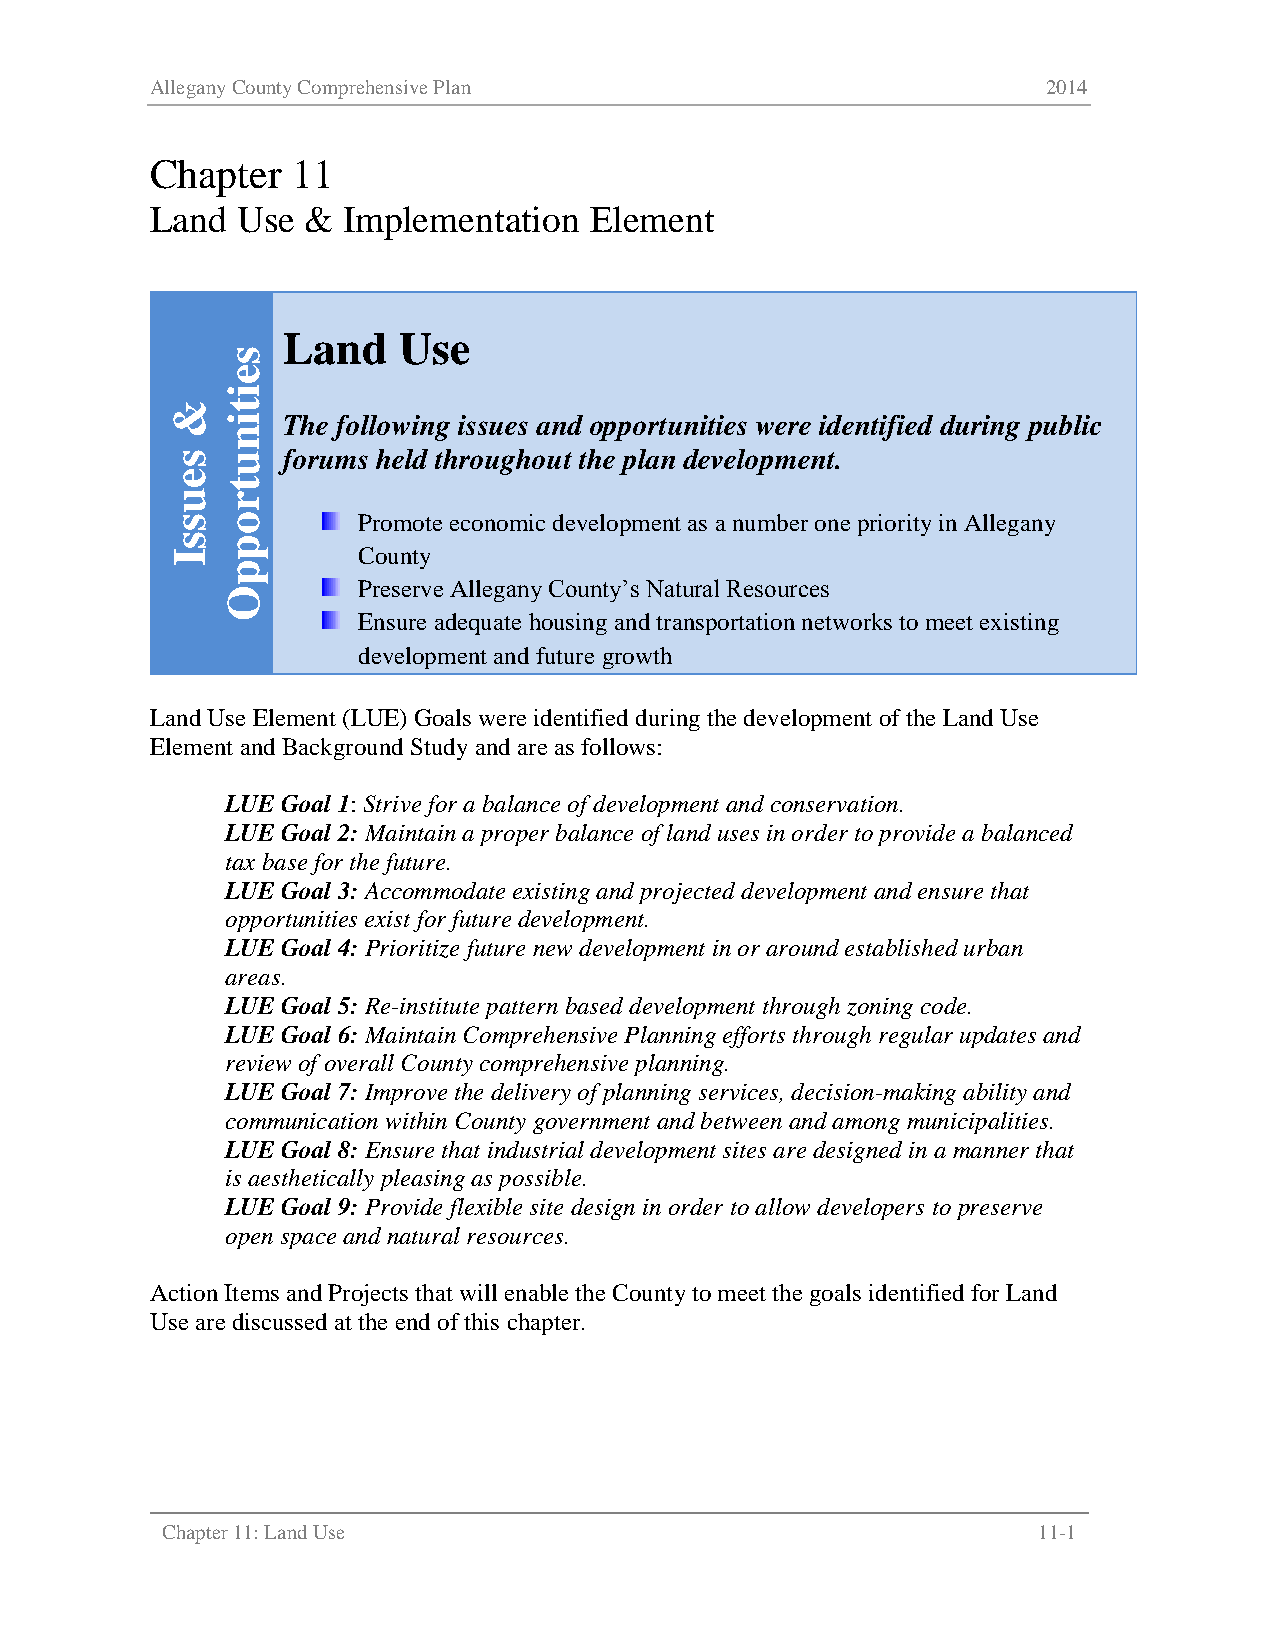
Allegany County Comprehensive Plan                         2014
 Chapter  11
 Land  Use &  Implementation  Element
 Land   Use
 s
 e
 i
 &   t
 i   The following issues and opportunities were identified during public
 n
 s   u   forums held throughout the plan development.
 e
 t
 u   r
 s   o        Promote economic development as a number one priority in Allegany
 s   p
 I            County
 p
 Preserve Allegany County’s Natural Resources
 O
 Ensure adequate housing and transportation networks to meet existing
 development and future growth
 Land Use Element (LUE) Goals were identified during the development of the Land Use
 Element and Background Study and are as follows:
 LUE Goal 1: Strive for a balance of development and conservation.
 LUE Goal 2: Maintain a proper balance of land uses in order to provide a balanced
 tax base for the future.
 LUE Goal 3: Accommodate existing and projected development and ensure that
 opportunities exist for future development.
 LUE Goal 4: Prioritize future new development in or around established urban
 areas.
 LUE Goal 5: Re-institute pattern based development through zoning code.
 LUE Goal 6: Maintain Comprehensive Planning efforts through regular updates and
 review of overall County comprehensive planning.
 LUE Goal 7: Improve the delivery of planning services, decision-making ability and
 communication within County government and between and among municipalities.
 LUE Goal 8: Ensure that industrial development sites are designed in a manner that
 is aesthetically pleasing as possible.
 LUE Goal 9: Provide flexible site design in order to allow developers to preserve
 open space and natural resources.
 Action Items and Projects that will enable the County to meet the goals identified for Land
 Use are discussed at the end of this chapter.
 Chapter 11: Land Use                                      11-1